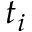
t _ { i }